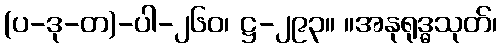
(ပ-ဒု-တ)-ပါ-၂၆၀၊ ဋ္ဌ-၂၉၃။ ။အနုရုဒ္ဓသုတ်၊